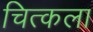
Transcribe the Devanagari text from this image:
चित्कला